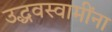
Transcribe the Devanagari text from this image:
उद्धवस्वामींना